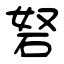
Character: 砮